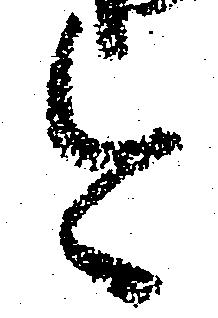
今